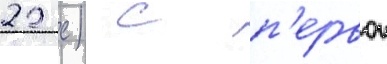
22 с) с п'ервои